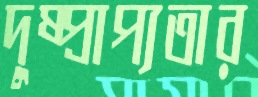
দুষ্প্রাপ্যতার